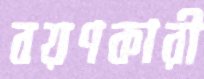
বয়ণকারী